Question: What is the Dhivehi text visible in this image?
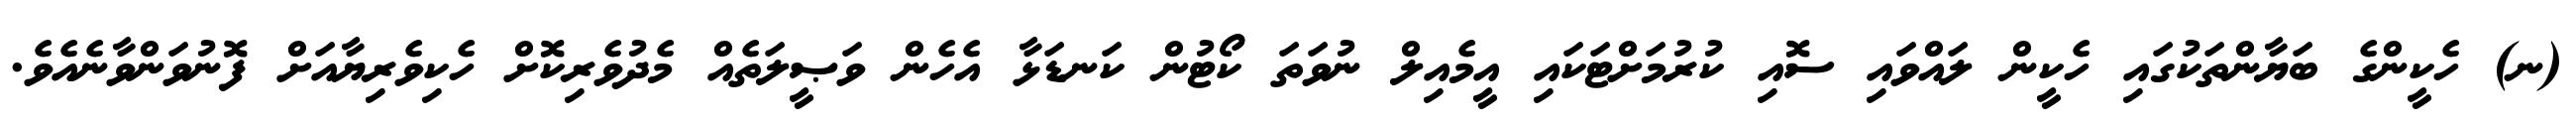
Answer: (ނ) ހެކީންގެ ބަޔާންތަކުގައި ހެކީން ލައްވައި ސޮއި ކުރުމަށްޓަކައި އީމެއިލް ނުވަތަ ކޯޓުން ކަނޑަޅާ އެހެން ވަޞީލަތެއް މެދުވެރިކޮށް ހެކިވެރިޔާއަށް ފޮނުވަންވާނެއެވެ.